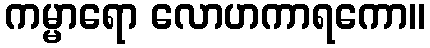
ကမ္မာရော လောဟကာရကော။